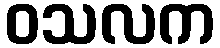
ဝသလက